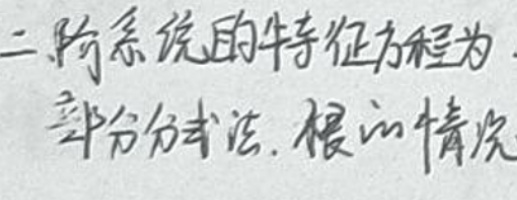
二、阶系说的特征方程为，
部分分式，根据情况